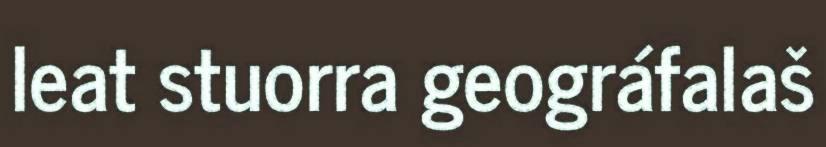
leat stuorra geográfalaš